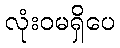
လုံးဝမရှိပေ